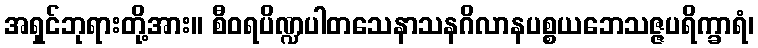
အရှင်ဘုရားတို့အား။ စီဝရပိဏ္ဍပါတသေနာသနဂိလာနပစ္စယဘေသဇ္ဇပရိက္ခာရံ၊